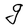
Character: g